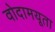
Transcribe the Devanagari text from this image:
वोदामयूता